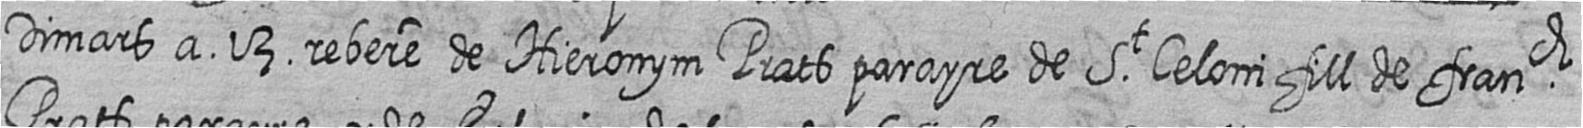
Dimars a 13 rebere de Hieronym Prats parayre de St Celoni fill de franch